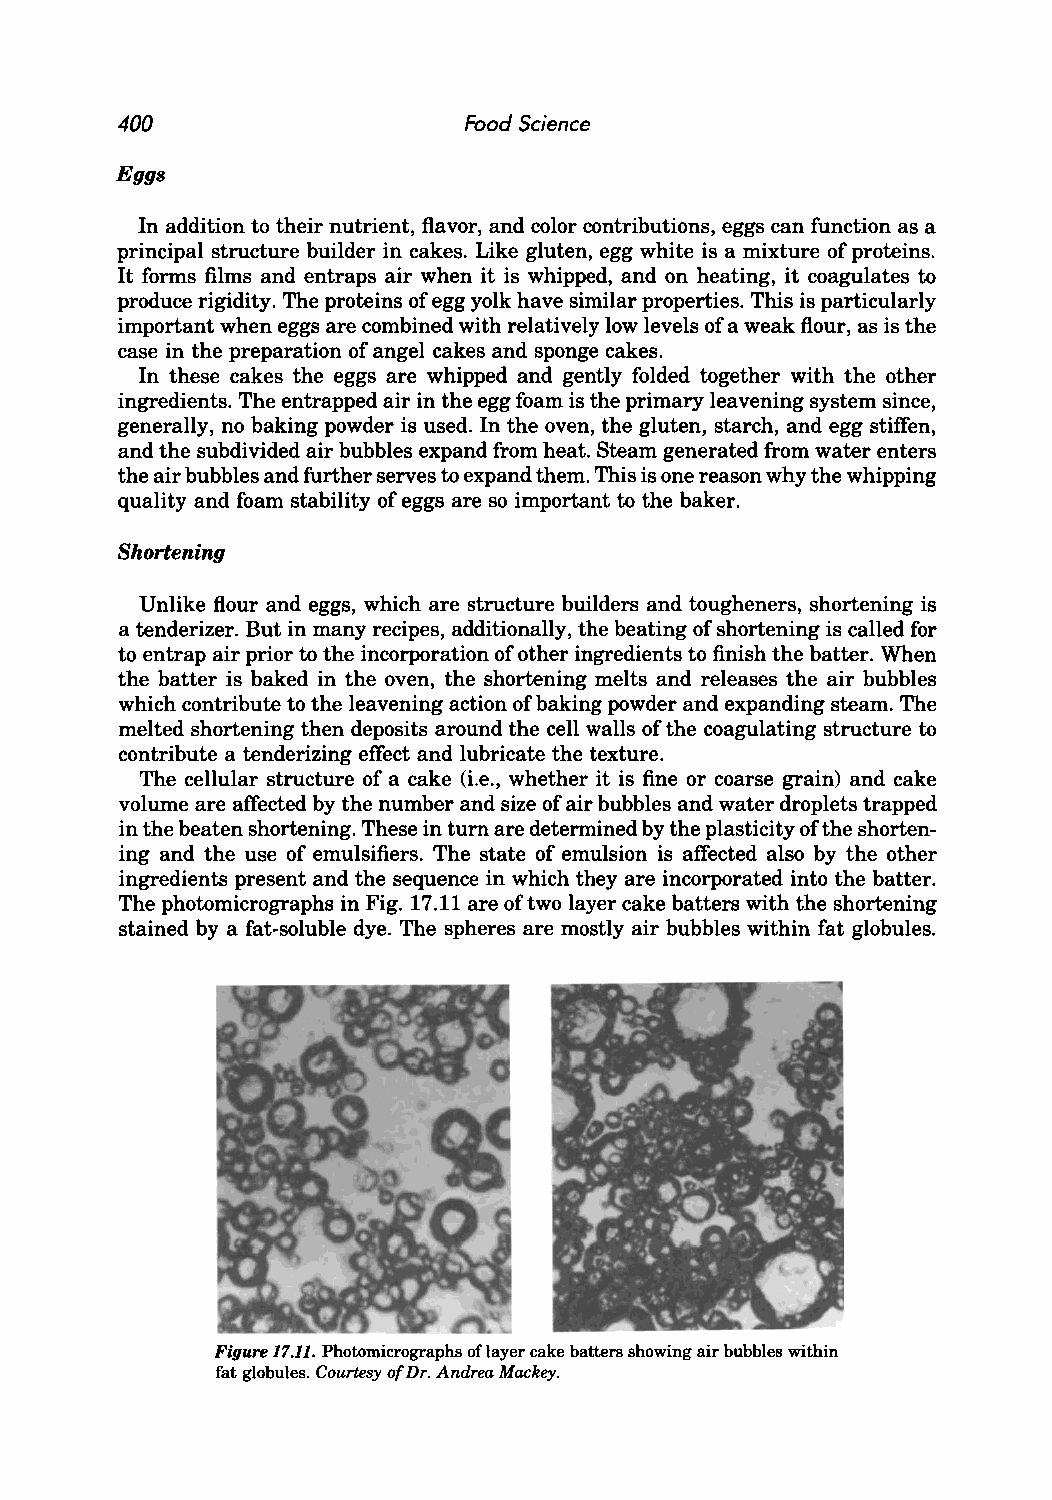
400                    Food Science
 Eggs
 In addition to their nutrient, flavor, and color contributions, eggs can function as a
 principal structure builder in cakes. Like gluten, egg white is a mixture of proteins.
 It forms films and entraps air when it is whipped, and on heating, it coagulates to
 produce rigidity. The proteins of egg yolk have similar properties. This is particularly
 important when eggs are combined with relatively low levels of a weak flour, as is the
 case in the preparation of angel cakes and sponge cakes.
 In these cakes the eggs are whipped and gently folded together with the other
 ingredients. The entrapped air in the egg foam is the primary leavening system since,
 generally, no baking powder is used. In the oven, the gluten, starch, and egg stiffen,
 and the subdivided air bubbles expand from heat. Steam generated from water enters
 the air bubbles and further serves to expand them. This is one reason why the whipping
 quality and foam stability of eggs are so important to the baker.
 Shortening
 Unlike flour and eggs, which are structure builders and tougheners, shortening is
 a tenderizer. But in many recipes, additionally, the beating of shortening is called for
 to entrap air prior to the incorporation of other ingredients to finish the batter. When
 the batter is baked in the oven, the shortening melts and releases the air bubbles
 which contribute to the leavening action of baking powder and expanding steam. The
 melted shortening then deposits around the cell walls of the coagulating structure to
 contribute a tenderizing effect and lubricate the texture.
 The cellular structure of a cake (Le., whether it is fine or coarse grain) and cake
 volume are affected by the number and size of air bubbles and water droplets trapped
 in the beaten shortening. These in turn are determined by the plasticity of the shorten
 ing and the use of emulsifiers. The state of emulsion is affected also by the other
 ingredients present and the sequence in which they are incorporated into the batter.
 The photomicrographs in Fig. 17.11 are of two layer cake batters with the shortening
 stained by a fat-soluble dye. The spheres are mostly air bubbles within fat globules.
 Figure 17.11. Photomicrographs oflayer cake batters showing air bubbles within
 fat globules. Courtesy of Dr. Andrea Mackey.